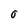
Character: 0